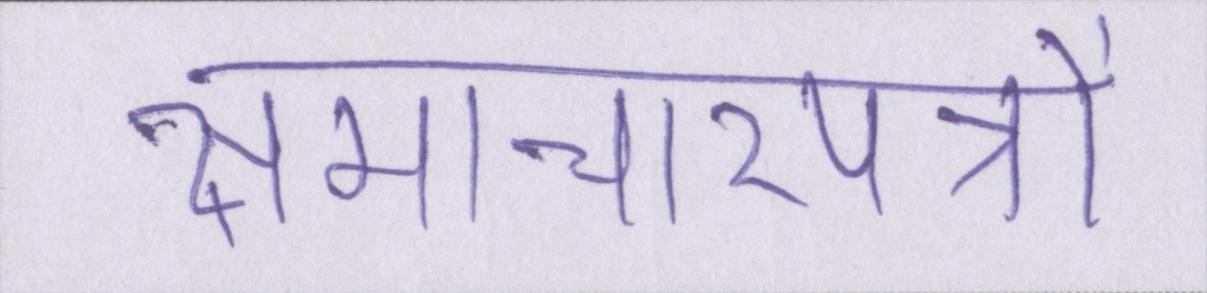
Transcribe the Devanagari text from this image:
समाचारपत्रों